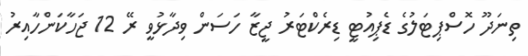
ތިނަދޫ ހޮސްޕިޓަލުގެ ޑެޕިއުޓީ ޑިރެކްޓަރު ޖީޒާ ހަސަން ވިދާޅުވީ ރޭ 12 ޖަހާކަންހާއިރު